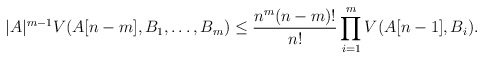
\begin{align*}|A|^{m-1}V(A[n-m],B_1,\dots, B_m)\le\frac{n^m(n-m)!}{n!}\prod_{i=1}^mV(A[n-1],B_i).\end{align*}